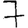
Digit: 7